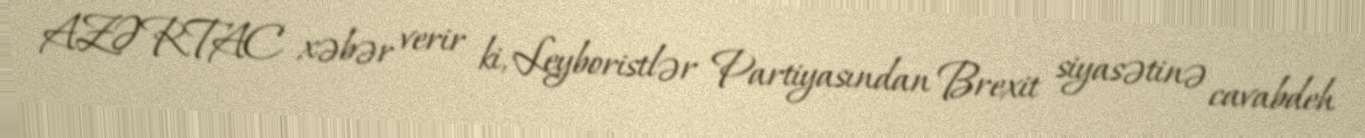
AZƏRTAC xəbər verir ki, Leyboristlər Partiyasından Brexit siyasətinə cavabdeh